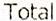
TOTAL